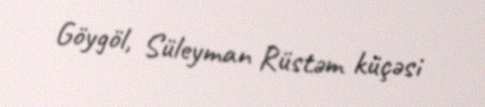
Göygöl, Süleyman Rüstəm küçəsi